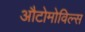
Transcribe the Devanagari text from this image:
औटोमोविल्स